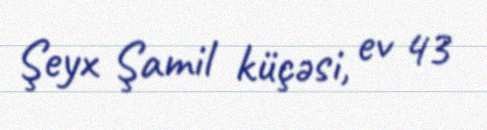
Şeyx Şamil küçəsi, ev 43